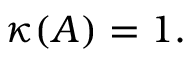
\kappa ( A ) = 1 .